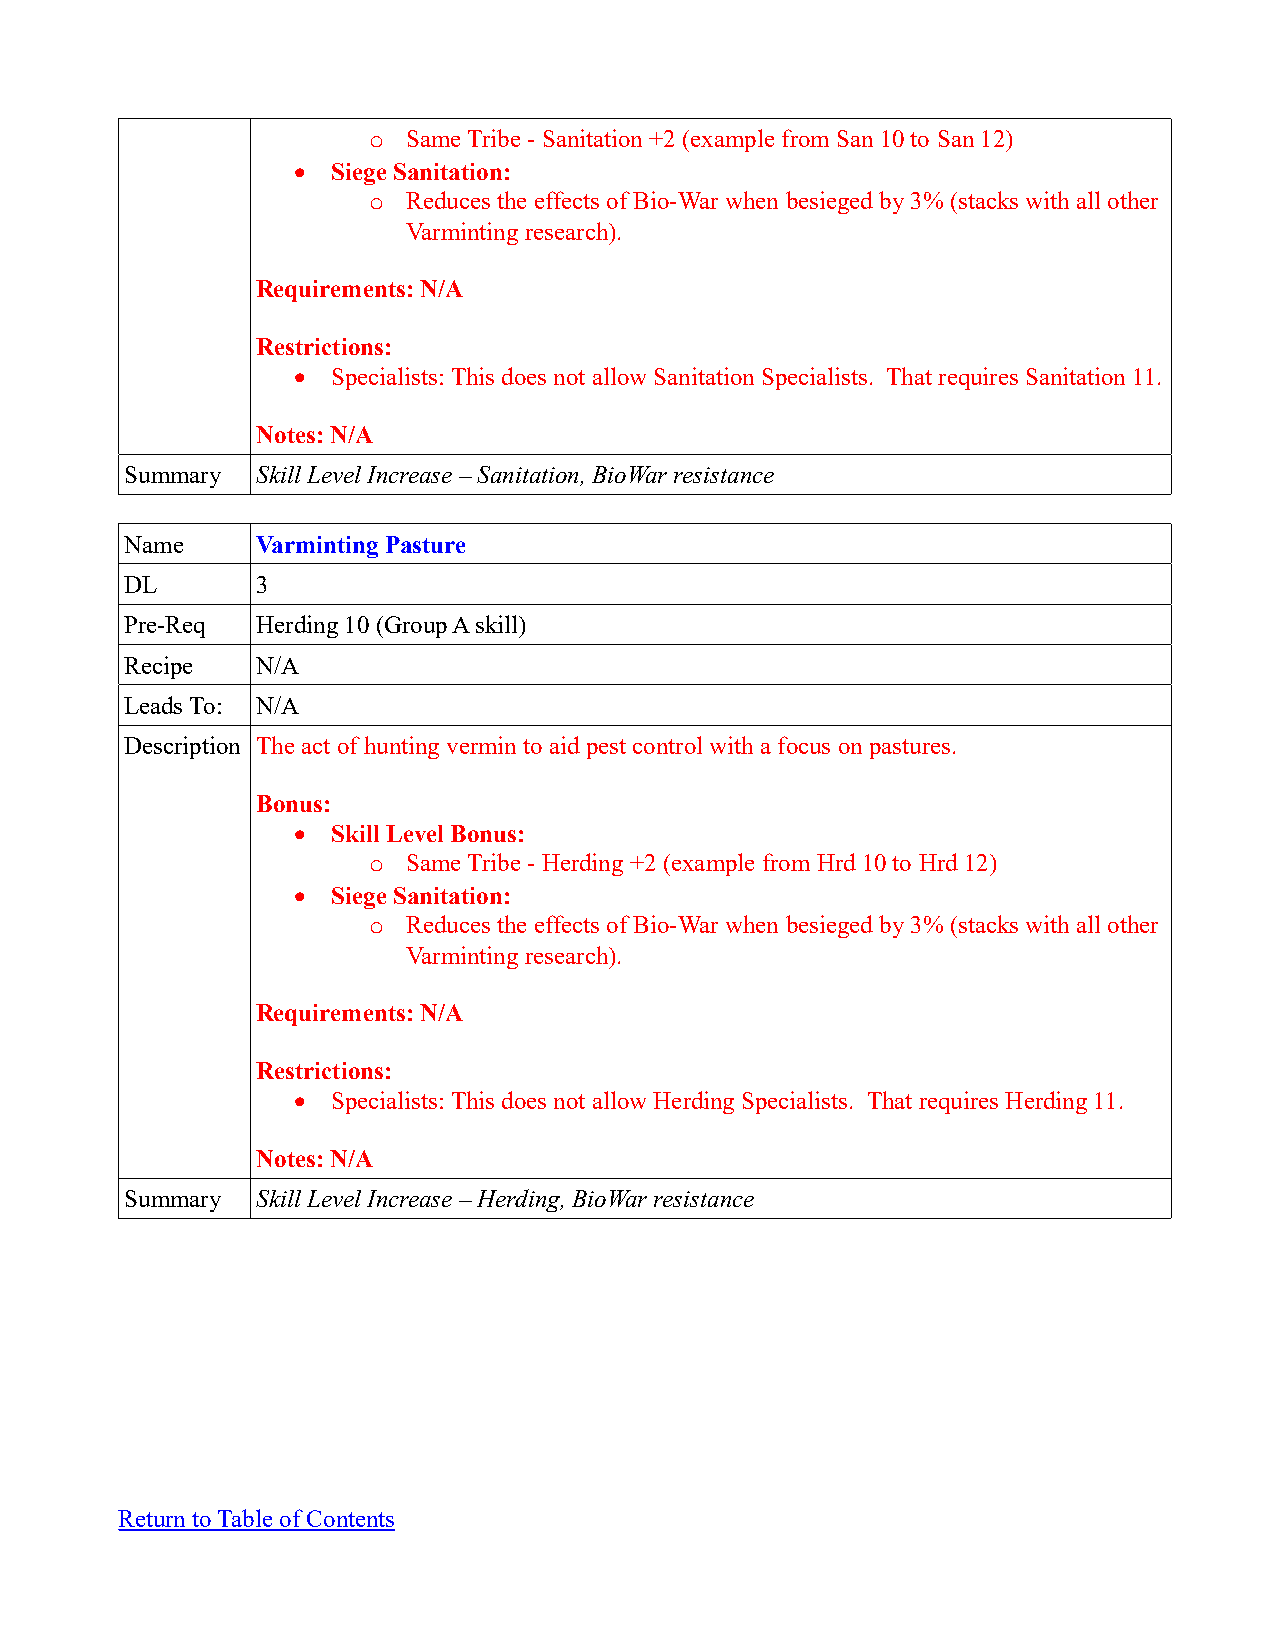
o  Same Tribe - Sanitation +2 (example from San 10 to San 12)
   Siege Sanitation:
 o  Reduces the effects of Bio-War when besieged by 3% (stacks with all other
 Varminting research).
 Requirements: N/A
 Restrictions:
   Specialists: This does not allow Sanitation Specialists. That requires Sanitation 11.
 Notes: N/A
 Summary  Skill Level Increase – Sanitation, BioWar resistance
 Name     Varminting Pasture
 DL       3
 Pre-Req  Herding 10 (Group A skill)
 Recipe   N/A
 Leads To: N/A
 Description The act of hunting vermin to aid pest control with a focus on pastures.
 Bonus:
   Skill Level Bonus:
 o  Same Tribe - Herding +2 (example from Hrd 10 to Hrd 12)
   Siege Sanitation:
 o  Reduces the effects of Bio-War when besieged by 3% (stacks with all other
 Varminting research).
 Requirements: N/A
 Restrictions:
   Specialists: This does not allow Herding Specialists. That requires Herding 11.
 Notes: N/A
 Summary  Skill Level Increase – Herding, BioWar resistance
 Return to Table of Contents